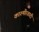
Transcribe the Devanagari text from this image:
काश्‍मीेरवादी